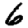
Digit: 6